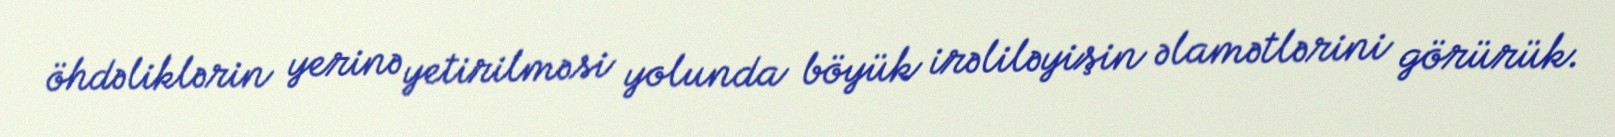
öhdəliklərin yerinə yetirilməsi yolunda böyük irəliləyişin əlamətlərini görürük.